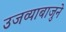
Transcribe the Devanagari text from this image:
उजव्याबाजुने